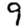
Digit: 9